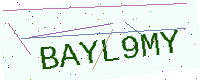
Text: BAYL9MY